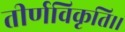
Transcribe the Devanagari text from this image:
तीर्णविकृति।।